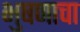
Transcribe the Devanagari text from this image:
भुषणाचा